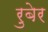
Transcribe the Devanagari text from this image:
रुबेर